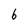
Character: 6